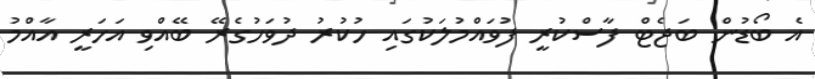
އެ ބޯޑުން ބަޖެޓް ފާސްކުރީ ފުވައްމުލަކުގައި ހުކުރު ދުވަހުގެރޭ ބޭއްވި އަހަރީ އާއްމު